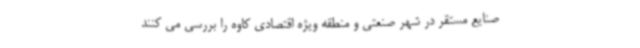
صنایع مستقر در شهر صنعتی و منطقه ویژه اقتصادی کاوه را بررسی می کنند